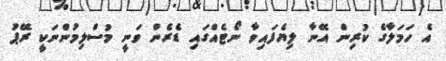
އެ ހަމަލާގެ ކުރިން އޭނާ ލިޔެފައިވާ ނޯޓެއްގައި ޑެރެން ވަނީ މުސްލިމުންނަކީ ރޭޕު